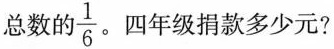
\frac{1}{6} 四年级捐款多少元?